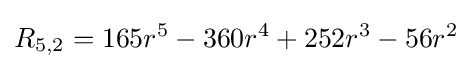
R_{5,2}=165r^{5}-360r^{4}+252r^{3}-56r^{2}